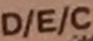
D/E/C